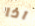
اذا